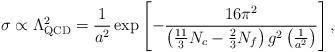
LaTeX: \begin{align*}\sigma\propto\Lambda_{\rm QCD}^2=\frac{1}{a^2}\exp\left[-\frac{16\pi^2}{\left(\frac{11}{3}N_c-\frac23N_f\right)g^2\left(\frac{1}{a^2}\right)}\right],\end{align*}